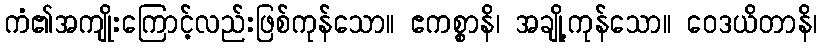
ကံ၏အကျိုးကြောင့်လည်းဖြစ်ကုန်သော။ ဧကစ္စာနိ၊ အချို့ကုန်သော။ ဝေဒယိတာနိ၊